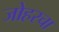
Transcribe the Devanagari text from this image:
जोहरचा